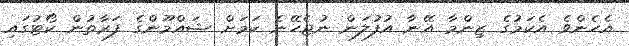
އެހެންވެ އެކަމުގެ ޒިންމާ އޭނާ އުފުލަން ނުޖެހޭނެ ކަމަށް ޝައްމޫންގެ ފަރާތުން ކޯޓުގައި